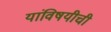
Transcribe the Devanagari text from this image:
यांविषयीची